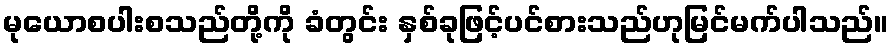
မုယောစပါးစသည်တို့ကို ခံတွင်း နှစ်ခုဖြင့်ပင်စားသည်ဟုမြင်မက်ပါသည်။